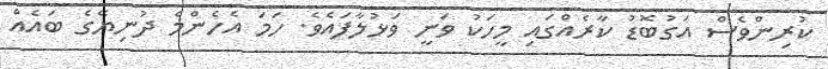
ކުރިންވެސް އަގުބޮޑު ކާރެއްގައި މީހަކު ވަނީ ވަޅުލާފައެވެ. ހަމަ އެހެންމެ ދުނިޔޭގެ ބައެއް